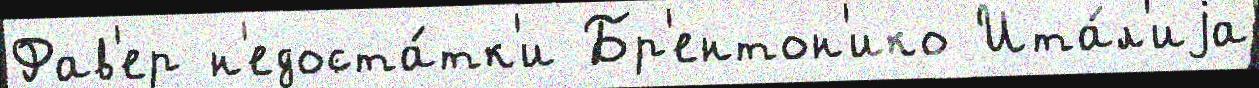
Фав'ер н'едоста́тк'и Бр'ентон'ико Ита́л'иjа